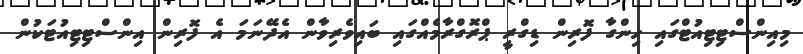
މިއިންސްޓިޓިއުޓްގައި ހިންގާ ފޮރިން ޑިގްރީ ޕްރޮގްރާމެއްގައި ބައިވެރިވާން އެދޭނަމަ އެ ފޮރިން އިންސްޓިޓިއުޓަކުން